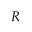
R